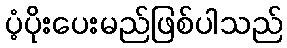
ပံ့ပိုးပေးမည်ဖြစ်ပါသည်